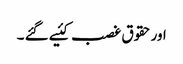
اورحقوق غصب کئیے گئے ۔